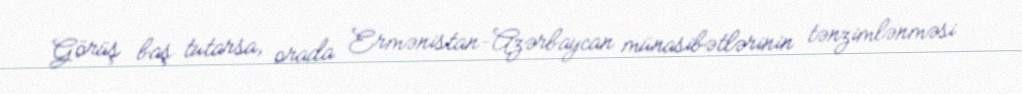
Görüş baş tutarsa, orada Ermənistan-Azərbaycan münasibətlərinin tənzimlənməsi